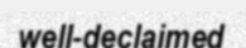
well-declaimed